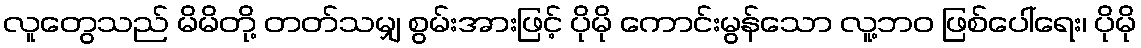
လူတွေသည် မိမိတို့ တတ်သမျှ စွမ်းအားဖြင့် ပိုမို ကောင်းမွန်သော လူ့ဘဝ ဖြစ်ပေါ်ရေး၊ ပိုမို